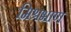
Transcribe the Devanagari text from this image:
मिश्रभाण